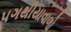
પગથીયાવાળો